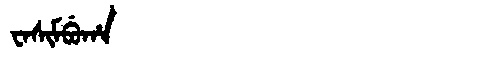
Manchu: ᠸᠠᠰᡳᠮᠪᡠᡥᠠ
Romanization: WASIMBUHA